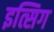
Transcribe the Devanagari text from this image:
इत्सिग